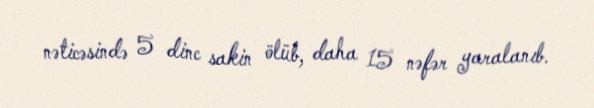
nəticəsində 5 dinc sakin ölüb, daha 15 nəfər yaralanıb.